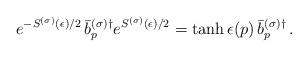
LaTeX: \begin{align*}e^{-S^{(\sigma)}(\epsilon)/2}\, \bar{b}^{(\sigma)\dagger}_p e^{S^{(\sigma)}(\epsilon)/2} =\tanh \epsilon(p) \,\bar{b}^{(\sigma)\dagger}_p \,.\end{align*}